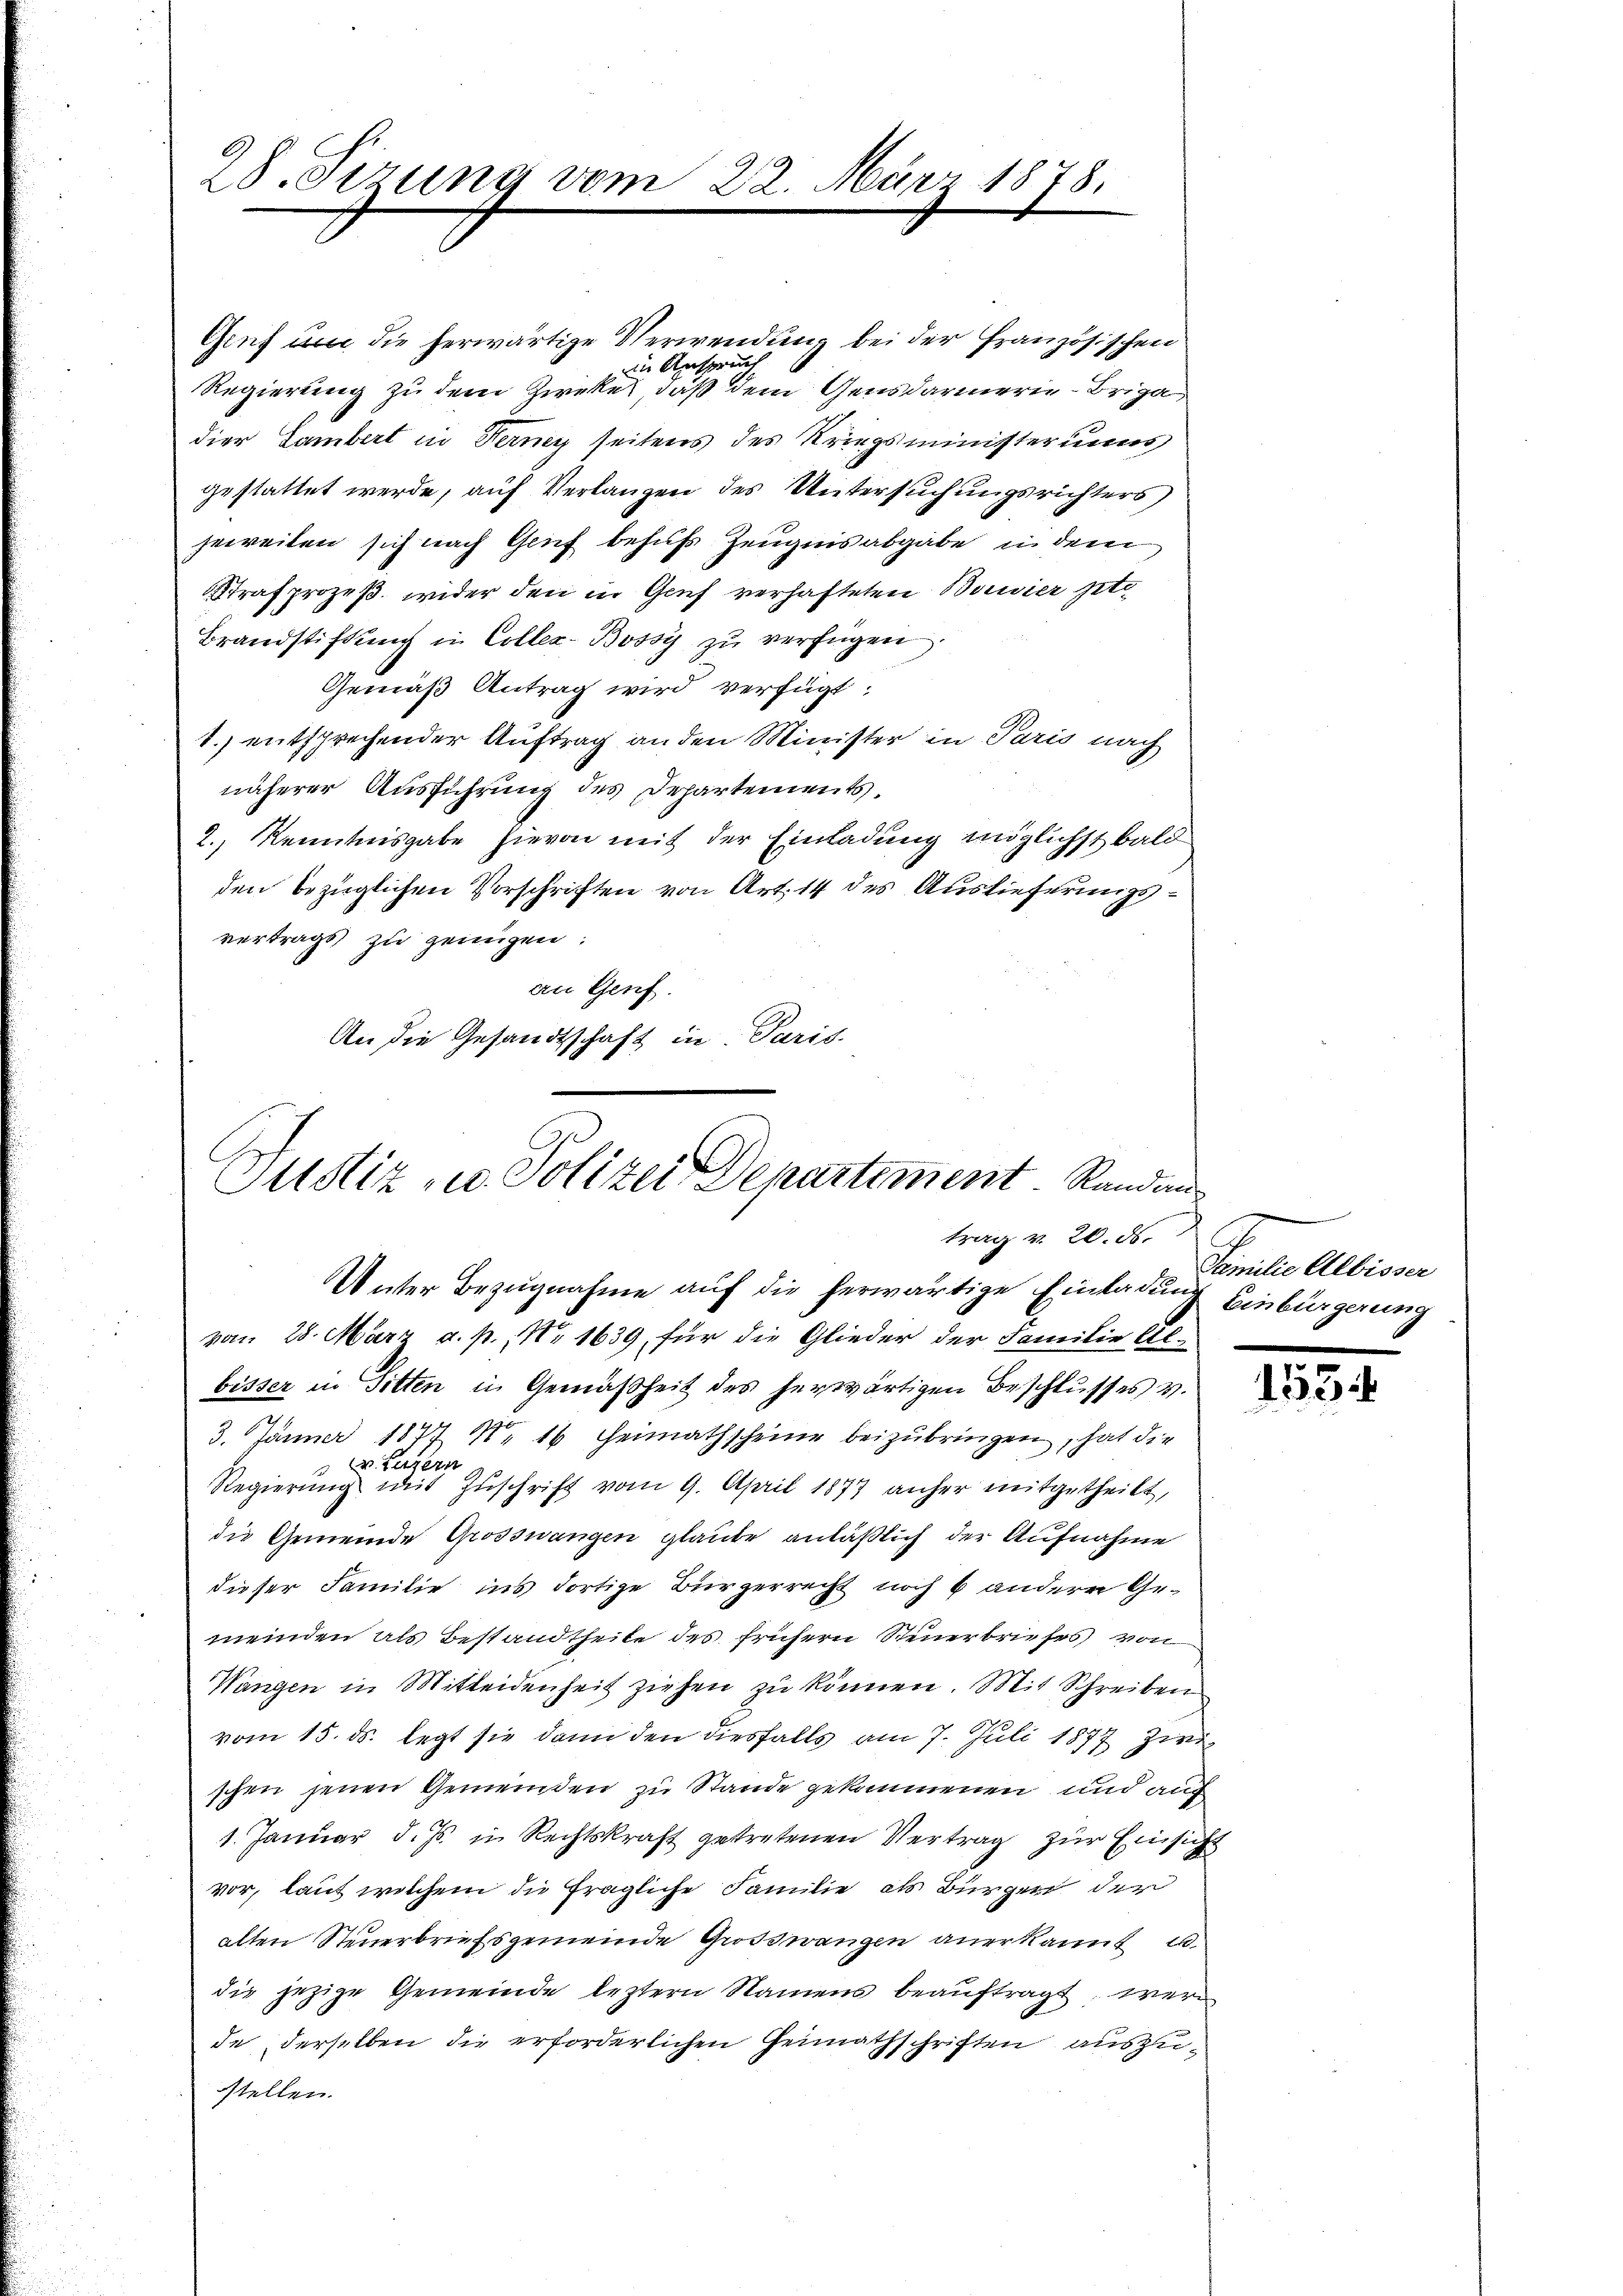
28. Sizung vom 22. März 1878.

Geich um die herwärtige Verwendung bei der französischen
in Anspruch
Regierung zu dem Zweker, daß dem Gensdarmerie-Briga
dier Sambert in Ferney seitens des Kriegsministeriums
gestattet werde, auf Verlangen des Untersuchungsrichters
jeweilen sich nach Genf behufs Zeugnis abgabe in dem
Strafprozeß wider den in Genf verhafteten Beivier jetz
Brandstiftung in Colleg. Bossy zu verfügen.
Gemäß Antrag wird verfügt:
1.) entsprechender Auftrag an den Minister in Paris nach
näherer Ausführung des Departements.
2.) Kenntnisgabe hievon mit der Einladung möglichst bald
den bezüglichen Vorschriften von Art. 14 des Auslieferungsvertrags zu zeigen:
an Genf.
An die Gesandtschaft in Paris.

Justiz- u. Polizei Departement. Randen
trag v. 20. ds.
Unter Bezugnahme auf die herwärtige Einladung Einbürgerung
vom 28. März a. p., Nr 1639, für die Glieder der Familie Al-

bisser in Sitten in Gemäßheit des herwärtigen Beschlusses v.
3. Jänner 1877 Nr 16 Heimathscheine beizubringen, hat die
v. Luzern
1
Regierŭng mit Zŭschrift vom 9. April 1873 anher mitgetheilt,
die Gemeinde Grosswangen glaube anläßlich der Aufnahme
dieser Familie ins dortige Bürgerrecht noch 6 andern Gemeinden als Bestandtheite des frühern Steuerbriefes) von
Wangen in Mitteidenheit ziehen zu können. Mit Schreiben
vom 15. ds. legt sie dann den diesfalls am 7. Juli 1877 zwischen jenen Gemeinden zu Stande gekommenen und auch
1. Januar d. Js. in Rechtskraft getretenen Vertrag zur Einsicht
vor, laut welchem die fragliche Familie als Bürgen der
alten Steuerbriefsgemeinde Großswangen anerkannt u.
die jezige Gemeinde leztern Namens beaŭftragt, werd
de derselben die erforderlichen Heimathschriften auszustellen.

A
Familie Albisser

1534